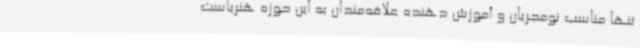
تنها مناسب نومجریان و آموزش دهنده علاقه‌مندان به این حوزه هنریاست